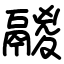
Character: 鬷